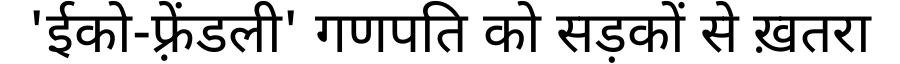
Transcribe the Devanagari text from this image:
'ईको-फ़्रेंडली' गणपति को सड़कों से ख़तरा